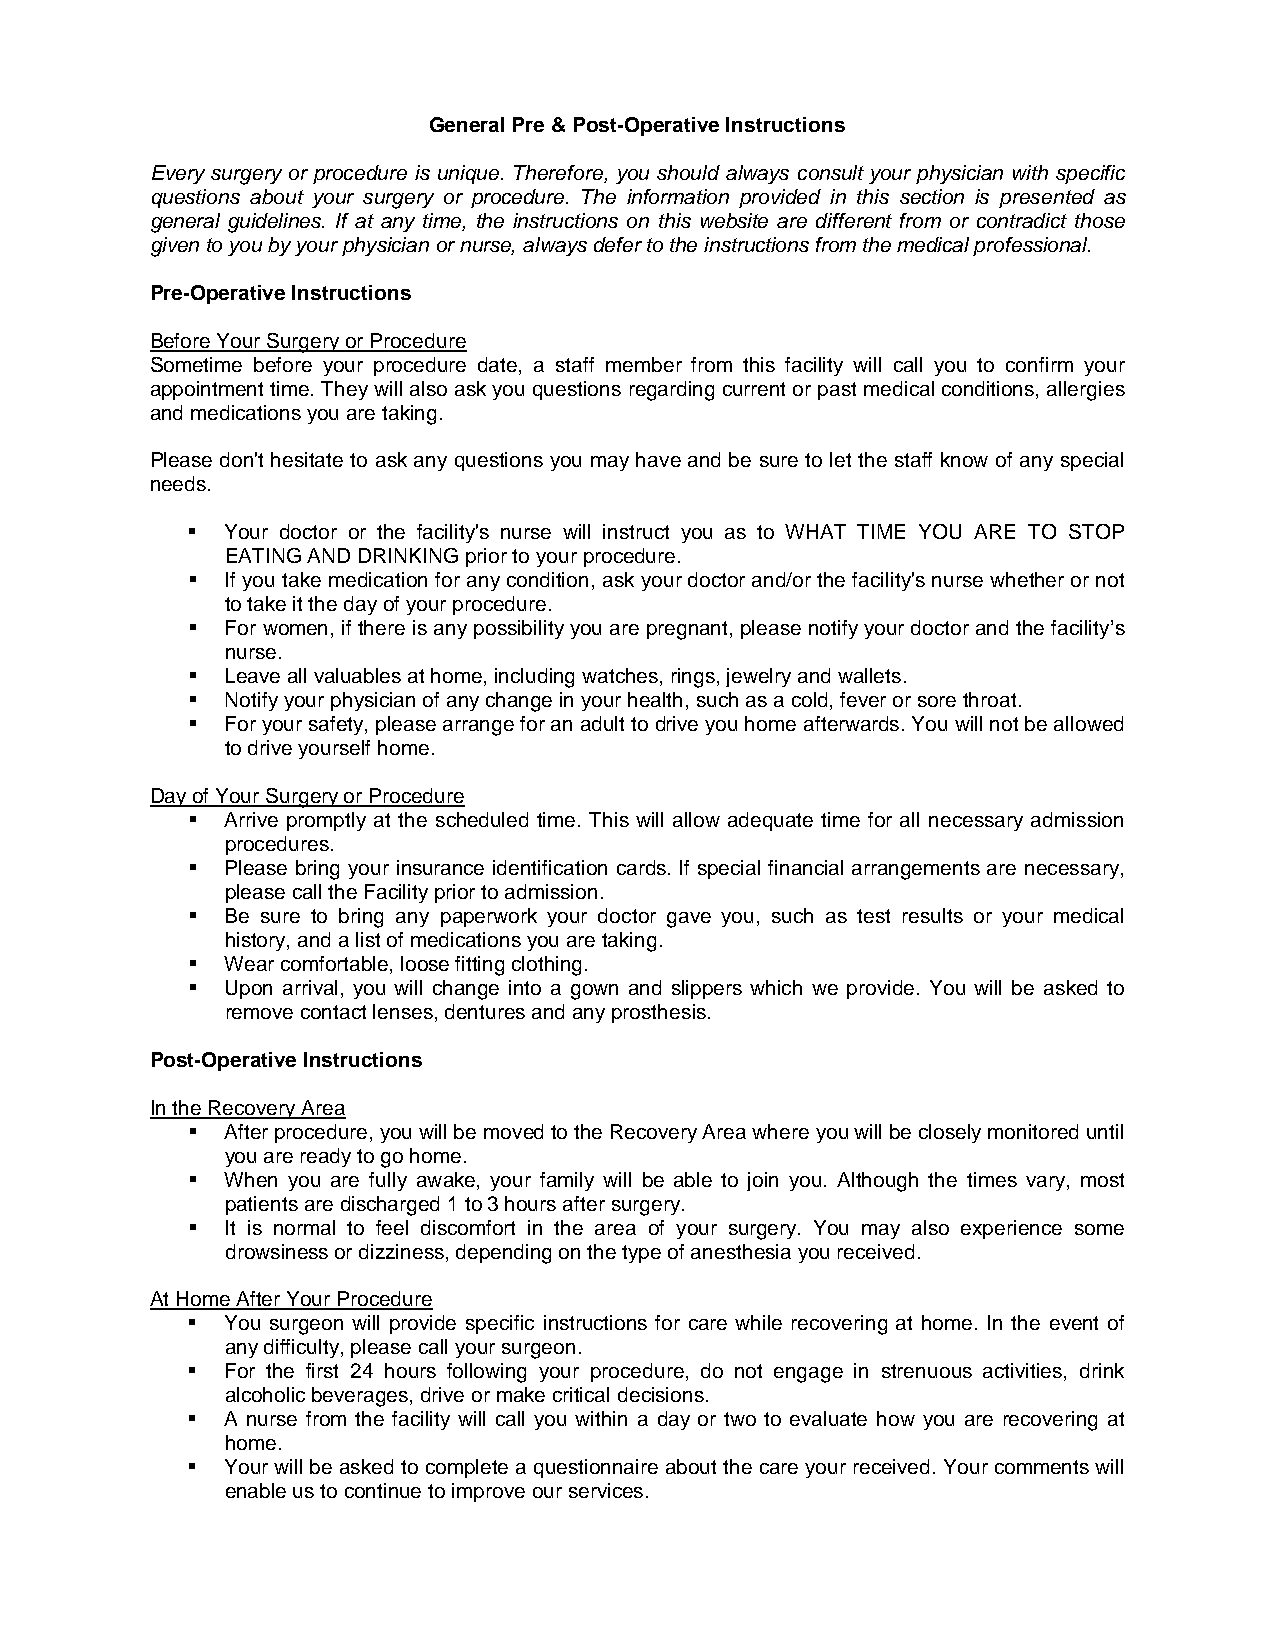
General Pre & Post-Operative Instructions
 Every surgery or procedure is unique. Therefore, you should always consult your physician with specific
 questions about your surgery or procedure. The information provided in this section is presented as
 general guidelines. If at any time, the instructions on this website are different from or contradict those
 given to you by your physician or nurse, always defer to the instructions from the medical professional.
 Pre-Operative Instructions
 Before Your Surgery or Procedure
 Sometime before your procedure date, a staff member from this facility will call you to confirm your
 appointment time. They will also ask you questions regarding current or past medical conditions, allergies
 and medications you are taking.
 Please don't hesitate to ask any questions you may have and be sure to let the staff know of any special
 needs.
   Your doctor or the facility's nurse will instruct you as to WHAT TIME YOU ARE TO STOP
 EATING AND DRINKING prior to your procedure.
   If you take medication for any condition, ask your doctor and/or the facility's nurse whether or not
 to take it the day of your procedure.
   For women, if there is any possibility you are pregnant, please notify your doctor and the facility’s
 nurse.
   Leave all valuables at home, including watches, rings, jewelry and wallets.
   Notify your physician of any change in your health, such as a cold, fever or sore throat.
   For your safety, please arrange for an adult to drive you home afterwards. You will not be allowed
 to drive yourself home.
 Day of Your Surgery or Procedure
   Arrive promptly at the scheduled time. This will allow adequate time for all necessary admission
 procedures.
   Please bring your insurance identification cards. If special financial arrangements are necessary,
 please call the Facility prior to admission.
   Be sure to bring any paperwork your doctor gave you, such as test results or your medical
 history, and a list of medications you are taking.
   Wear comfortable, loose fitting clothing.
   Upon arrival, you will change into a gown and slippers which we provide. You will be asked to
 remove contact lenses, dentures and any prosthesis.
 Post-Operative Instructions
 In the Recovery Area
   After procedure, you will be moved to the Recovery Area where you will be closely monitored until
 you are ready to go home.
   When you are fully awake, your family will be able to join you. Although the times vary, most
 patients are discharged 1 to 3 hours after surgery.
   It is normal to feel discomfort in the area of your surgery. You may also experience some
 drowsiness or dizziness, depending on the type of anesthesia you received.
 At Home After Your Procedure
   You surgeon will provide specific instructions for care while recovering at home. In the event of
 any difficulty, please call your surgeon.
   For the first 24 hours following your procedure, do not engage in strenuous activities, drink
 alcoholic beverages, drive or make critical decisions.
   A nurse from the facility will call you within a day or two to evaluate how you are recovering at
 home.
   Your will be asked to complete a questionnaire about the care your received. Your comments will
 enable us to continue to improve our services.